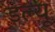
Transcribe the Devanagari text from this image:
डल्यू